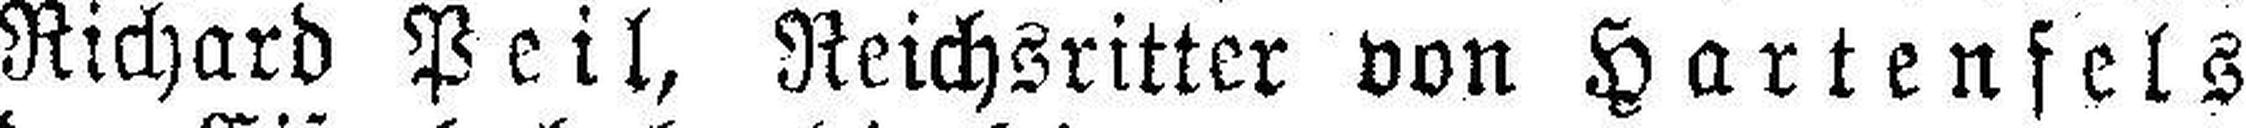
Richard Peil, Reichsritter von Hartenfels